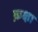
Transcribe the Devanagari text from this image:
क़क्षा